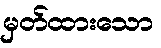
မှတ်ထားသော